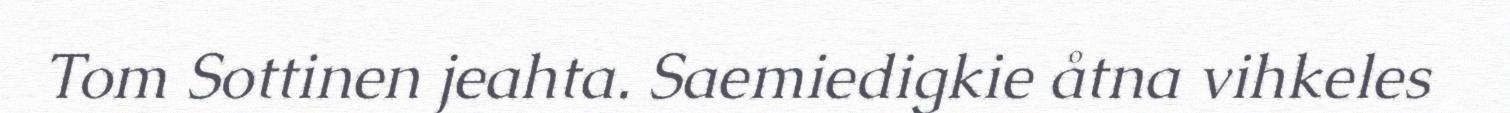
Tom Sottinen jeahta. Saemiedigkie åtna vihkeles